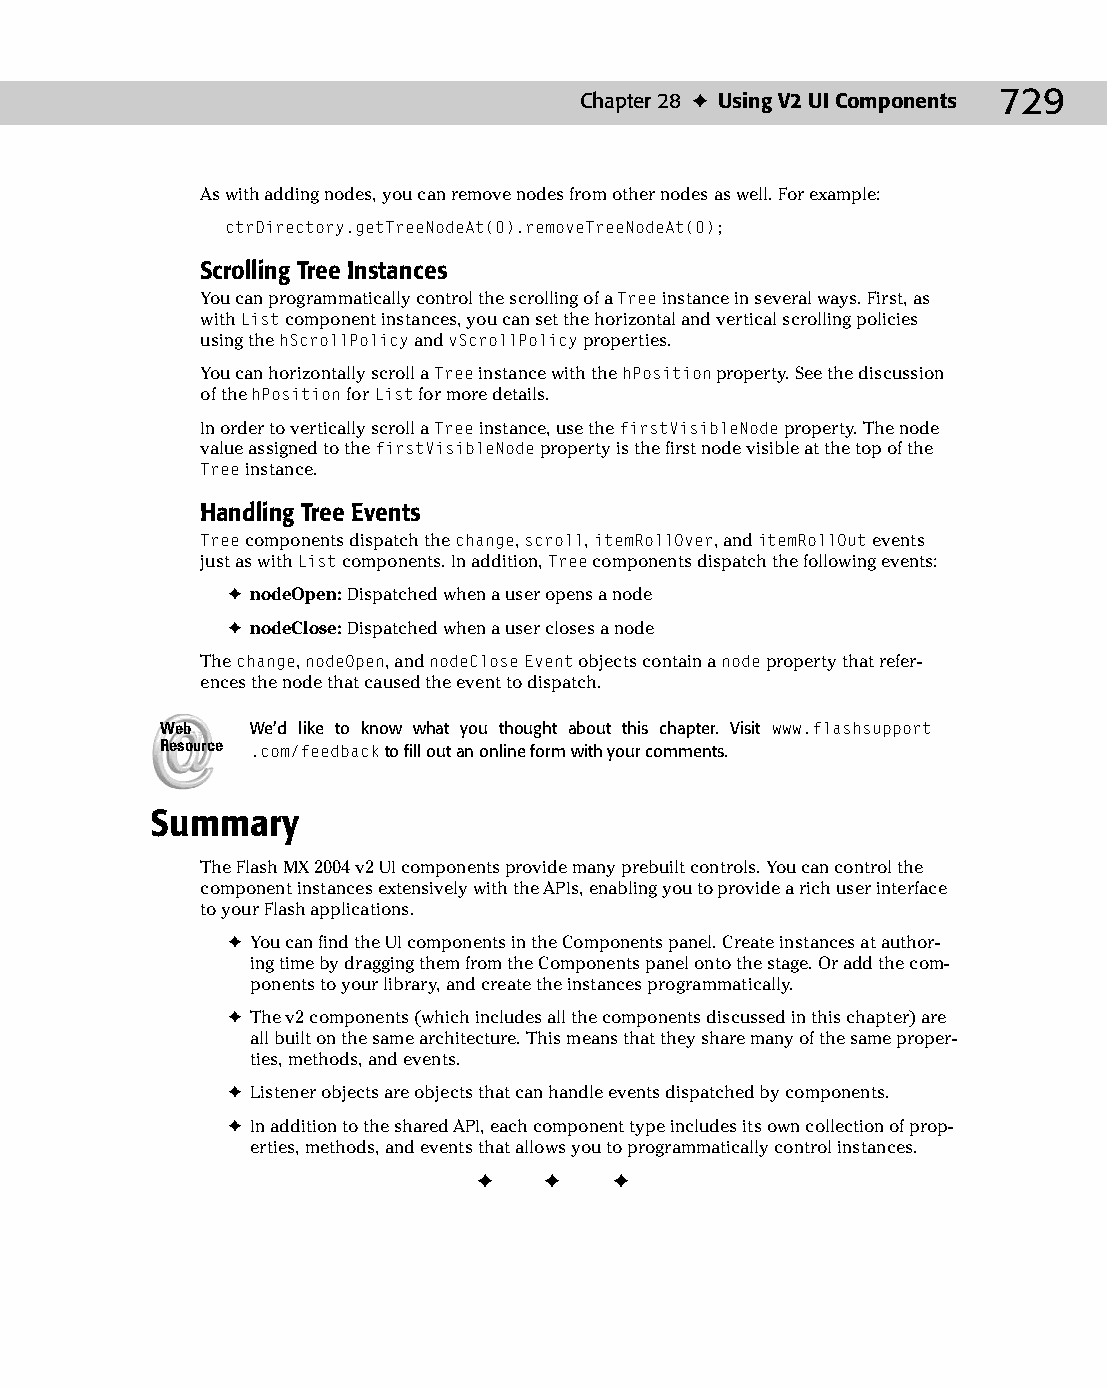
37 543547 ch28.qxd 3/24/04 4:08 PM Page 729
 Chapter 28 ✦ Using V2 UI Components 729
 As with adding nodes, you can remove nodes from other nodes as well. For example:
 ctrDirectory.getTreeNodeAt(0).removeTreeNodeAt(0);
 Scrolling Tree Instances
 You can programmatically control the scrolling of a Tree instance in several ways. First, as
 with List component instances, you can set the horizontal and vertical scrolling policies
 using the hScrollPolicy and vScrollPolicy properties.
 You can horizontally scroll a Tree instance with the hPosition property. See the discussion
 of the hPosition for List for more details.
 In order to vertically scroll a Tree instance, use the firstVisibleNode property. The node
 value assigned to the firstVisibleNode property is the first node visible at the top of the
 Tree instance.
 Handling Tree Events
 Tree components dispatch the change, scroll, itemRollOver, and itemRollOut events
 just as with List components. In addition, Tree components dispatch the following events:
 ✦ nodeOpen: Dispatched when a user opens a node
 ✦ nodeClose: Dispatched when a user closes a node
 The change, nodeOpen, and nodeClose Event objects contain a node property that refer­
 ences the node that caused the event to dispatch.
 Web   We’d like to know what you thought about this chapter. Visit www.flashsupport
 Resource .com/feedback to fill out an online form with your comments.
 Summary
 The Flash MX 2004 v2 UI components provide many prebuilt controls. You can control the
 component instances extensively with the APIs, enabling you to provide a rich user interface
 to your Flash applications.
 ✦ You can find the UI components in the Components panel. Create instances at author­
 ing time by dragging them from the Components panel onto the stage. Or add the com­
 ponents to your library, and create the instances programmatically.
 ✦ The v2 components (which includes all the components discussed in this chapter) are
 all built on the same architecture. This means that they share many of the same proper­
 ties, methods, and events.
 ✦ Listener objects are objects that can handle events dispatched by components.
 ✦ In addition to the shared API, each component type includes its own collection of prop­
 erties, methods, and events that allows you to programmatically control instances.
 ✦  ✦  ✦